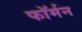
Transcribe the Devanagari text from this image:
फॉर्मन